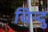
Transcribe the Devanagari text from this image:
चिन्दु